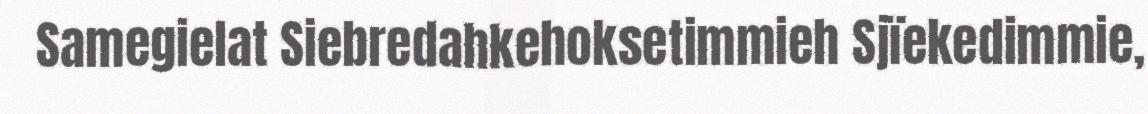
Samegielat Siebredahkehoksetimmieh Sjïekedimmie,